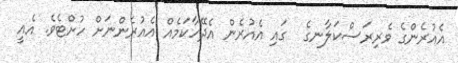
އެއުރެންގެ ވެރިރަސްކަލާނގެ  ގައި އެއުރެން އެދޭހާކަމެއް އެއުރެންނަށް ހުށްޓެވެ. އެއީ